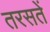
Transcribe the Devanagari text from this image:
तरसतें